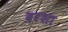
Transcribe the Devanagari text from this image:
दरशा